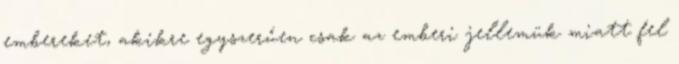
embereket, akikre egyszerűen csak az emberi jellemük miatt fel